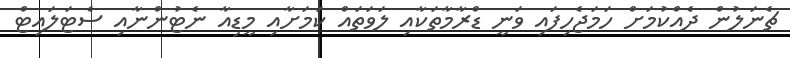
ޗެނަލުން ދެއްކުމަށް ހަމަޖެހިފައި ވަނީ ޑްރާމާތަކާއި ލަވަތައް ކަމަށާއި މީޑިއާ ނެޓުންނާއި ސެޓަލައިޓް